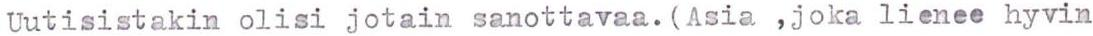
Uutisistakin olisi jotain sanottavaa. (Asia ,joka lienee hyvin